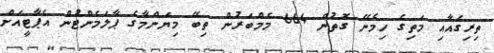
ތިރިގެއާއި މަތިގެ ހިމެނޭ ގޮތުން 664 މެމްބަރުން ތިބޭ މިޔަންމާގެ ޕާލަމެންޓުން އެޕާޓީއަށް